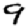
Digit: 9